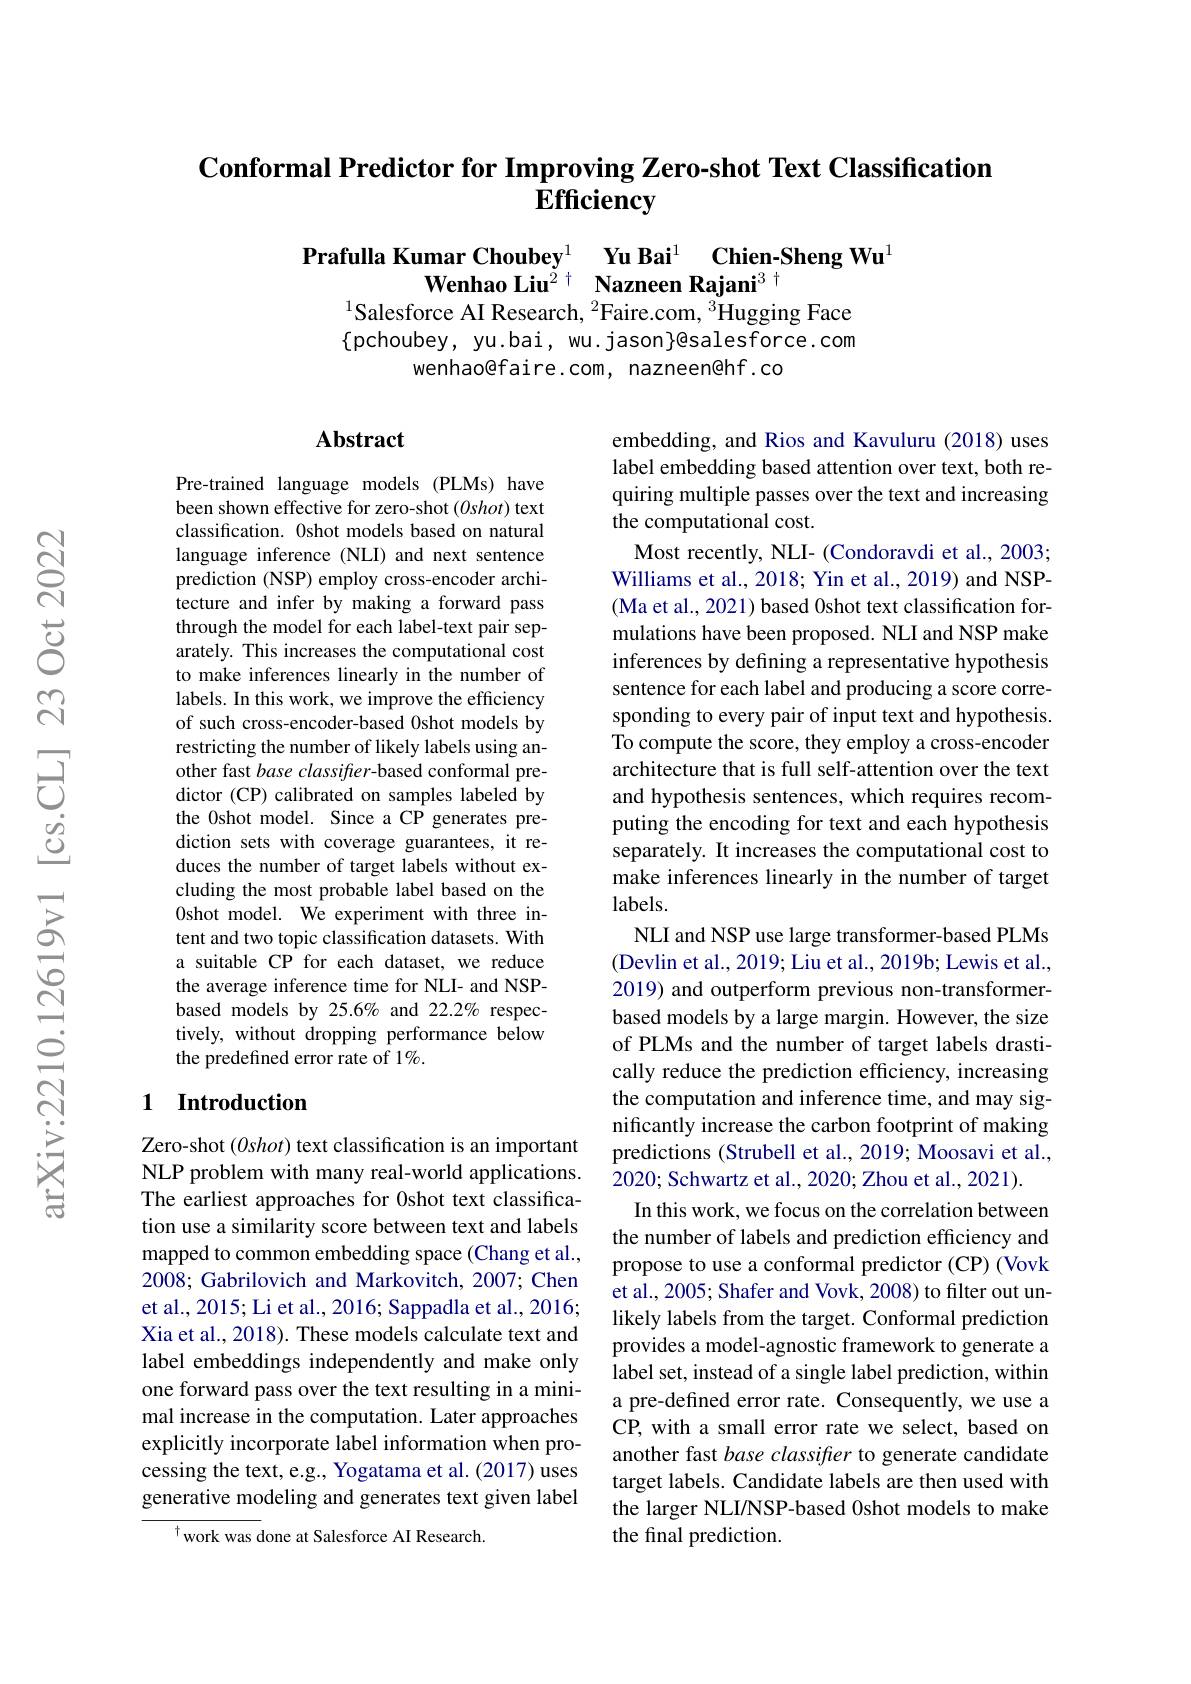
## Conformal Predictor for Improving Zero-shot Text Classification $\tilde{\mathbf{E}}\mathbf{fficiency}$

$\begin{array}{c}\text{Prafulla Kumar Choubey}^{1}&\textbf{Yu Bai}^{1}&\textbf{Chien-Sheng Wu}^{1}\\\text{Wenhao Liu}^{2+}&\textbf{Nazneen Rajani}^{3+}\end{array}$
$^{1}$Salesforce AI Research, $^2$Faire.com, $^3$Hugging Face

$\{$pchoubey, yu.bai, wu.jason}@salesforce.com
wenhao@faire.com, nazneen@hf.co

### Abstract

Pre-trained language models (PLMs) have been shown effective for zero-shot (0shot) text classification. 0shot models based on natural language inference (NLI) and next sentence prediction (NSP) employ cross-encoder architecture and infer by making a forward pass through the model for each label-text pair separately. This increases the computational cost to make inferences linearly in the number of labels. In this work, we improve the efficiency of such cross-encoder-based 0shot models by restricting the number of likely labels using another fast base classifter-based conformal predictor (CP) calibrated on samples labeled by the 0shot model. Since a CP generates prediction sets with coverage guarantees, it reduces the number of target labels without excluding the most probable label based on the 0shot model. We experiment with three intent and two topic classification datasets. With a suitable CP for each dataset, we reduce the average inference time for NLI- and NSPbased models by 25.6% and 22.2% respectively, without dropping performance below the predefined error rate of 1%.

embedding, and Rios and Kavuluru (2018) uses label embedding based attention over text, both requiring multiple passes over the text and increasing the computational cost.
Most recently, NLI- (Condoravdi et al., 2003; Williams et al., 2018; Yin et al., 2019) and NSP- (Ma et al., 2021) based 0shot text classification formulations have been proposed. NLI and NSP make inferences by defining a representative hypothesis sentence for each label and producing a score corresponding to every pair of input text and hypothesis. To compute the score, they employ a cross-encoder architecture that is full self-attention over the text and hypothesis sentences, which requires recomputing the encoding for text and each hypothesis separately. It increases the computational cost to make inferences linearly in the number of target labels.
NLI and NSP use large transformer-based PLMs (Devlin et al., 2019; Liu et al., 2019b; Lewis et al., 2019) and outperform previous non-transformerbased models by a large margin. However, the size of PLMs and the number of target labels drastically reduce the prediction efficiency, increasing the computation and inference time, and may significantly increase the carbon footprint of making predictions (Strubell et al., 2019; Moosavi et al., 2020; Schwartz et al., 2020; Zhou et al., 2021).
In this work, we focus on the correlation between the number of labels and prediction efficiency and propose to use a conformal predictor (CP) (Vovk et al., 2005; Shafer and Vovk, 2008) to filter out unlikely labels from the target. Conformal prediction provides a model-agnostic framework to generate a label set, instead of a single label prediction, within a pre-defined error rate. Consequently, we use a CP, with a small error rate we select, based on another fast base classifier to generate candidate target labels. Candidate labels are then used with the larger NLI/NSP-based 0shot models to make the final prediction.

## 1 Introduction

Zero-shot (Oshot) text classification is an important NLP problem with many real-world applications. The earliest approaches for 0shot text classification use a similarity score between text and labels mapped to common embedding space (Chang et al., 2008; Gabrilovich and Markovitch, 2007; Chen et al., 2015; Li et al., 2016; Sappadla et al., 2016; Xia et al., 2018). These models calculate text and label embeddings independently and make only one forward pass over the text resulting in a minimal increase in the computation. Later approaches explicitly incorporate label information when processing the text, e.g., Yogatama et al. (2017) uses generative modeling and generates text given label
$^{\dagger}$work was done at Salesforce AI Research.